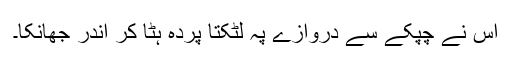
اس نے چپکے سے دروازے پہ لٹکتا پردہ ہٹا کر اندر جھانکا۔